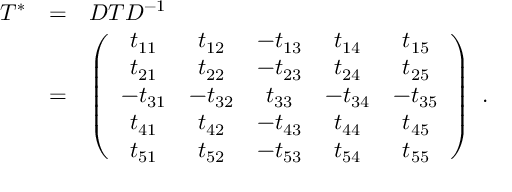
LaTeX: \begin{array} { r c l } { { T ^ { * } } } & { { = } } & { { { \cal D } T { \cal D } ^ { - 1 } } } \\ { { } } & { { = } } & { { \left( \begin{array} { c c c c c } { { t _ { 1 1 } } } & { { t _ { 1 2 } } } & { { - t _ { 1 3 } } } & { { t _ { 1 4 } } } & { { t _ { 1 5 } } } \\ { { t _ { 2 1 } } } & { { t _ { 2 2 } } } & { { - t _ { 2 3 } } } & { { t _ { 2 4 } } } & { { t _ { 2 5 } } } \\ { { - t _ { 3 1 } } } & { { - t _ { 3 2 } } } & { { t _ { 3 3 } } } & { { - t _ { 3 4 } } } & { { - t _ { 3 5 } } } \\ { { t _ { 4 1 } } } & { { t _ { 4 2 } } } & { { - t _ { 4 3 } } } & { { t _ { 4 4 } } } & { { t _ { 4 5 } } } \\ { { t _ { 5 1 } } } & { { t _ { 5 2 } } } & { { - t _ { 5 3 } } } & { { t _ { 5 4 } } } & { { t _ { 5 5 } } } \end{array} \right) ~ . } } \end{array}